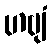
ဟဗျံ